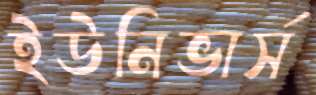
ইউনিভার্স